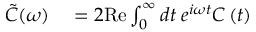
\begin{array} { r l } { \tilde { C } ( \omega ) } & { { } = 2 \mathrm { R e } \int _ { 0 } ^ { \infty } d t \: e ^ { i \omega t } C \left( t \right) } \end{array}